Lunatic asylums United Prov. 1922-30 - 1922-1930
Year: 1922
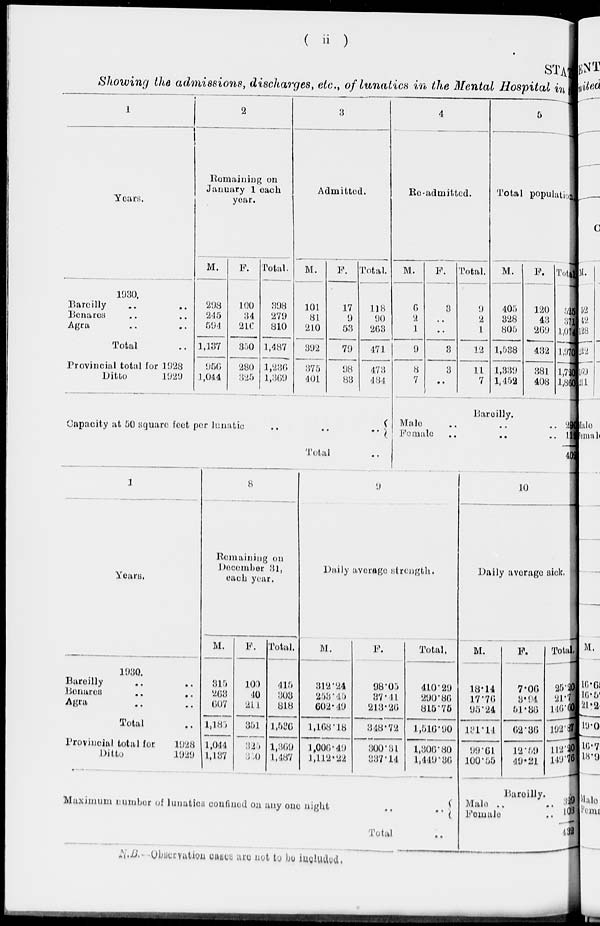
( ii )
STATE
Showing the admissions, discharges, etc., of lunatics in the Mental Hospital in t
1
Years.
1930.
Bareilly .. ..
Benares .. ..
Agra .. ..
Total ..
Provincial total for 1928
Ditto
1929
2
Remaining on
January 1 each
year.
M.
298
245
594
1,137
956
1 ,044
F.
100
34
216
350
280
325
Total.
398
279
810
1,487
1,236
1,369
3
Admitted.
M.
101
81
210
392
375
401
F.
17
9
53
79
98
83
Total.
118
90
263
471
473
484
Capacity at 50 square feet per lunatic
..
..
..
Total ..
4
Re-admitted.
M.
6
2
1
9
8
7
F.
3
..
..
3
3
..
Total.
9
2
1
12
11
7
5
Total population.
M.
405
328
805
1,538
1,339
1,452
F.
120
43
269
432
381
408
Total
525
371
1,074
1,970
1,720
1,860
Bareilly.
Male .. .. ..
Female .. .. ..
290
112
402
1
Years.
1930.
Bareilly .. ..
Benares
..
..
Agra .. ..
Total ..
Provincial total for
1928
Ditto
1929
8
Remaining on
December 31,
each year.
M.
315
263
607
1,185
1,044
1,137
F.
100
40
211
351
325
350
Total.
415
303
818
1,536
1,369
1,487
9
Daily average strength.
M.
312.24
253.45
602.49
1,168.18
1,006.49
1,112.22
F.
98.05
37.41
213.26
348.72
300.31
337.14
Total.
410.29
290.86
815.75
1,516.90
1,306.80
1,449.36
Maximum number of lunatics confined on any one night .. ..
Total
..
10
Daily average sick.
M.
18.14
17.76
95.24
131.14
99.61
100.55
F.
7.06
3.94
51.36
62.36
12.59
49.21
Total.
25.20
21.7
146.60
192.87
112.20
149.76
Bareilly.
Male .. ..
Female ..
329
103
432
N.B. -Observation cases are not to be included.